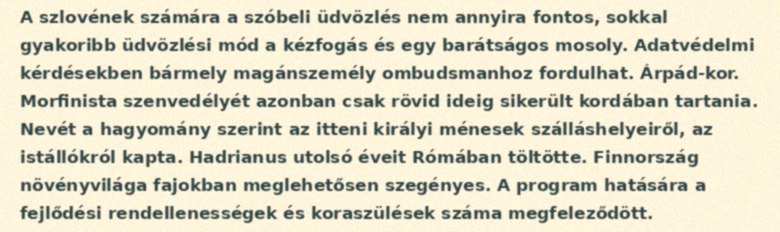
A szlovének számára a szóbeli üdvözlés nem annyira fontos, sokkal gyakoribb üdvözlési mód a kézfogás és egy barátságos mosoly. Adatvédelmi kérdésekben bármely magánszemély ombudsmanhoz fordulhat. Árpád-kor. Morfinista szenvedélyét azonban csak rövid ideig sikerült kordában tartania. Nevét a hagyomány szerint az itteni királyi ménesek szálláshelyeiről, az istállókról kapta. Hadrianus utolsó éveit Rómában töltötte. Finnország növényvilága fajokban meglehetősen szegényes. A program hatására a fejlődési rendellenességek és koraszülések száma megfeleződött.